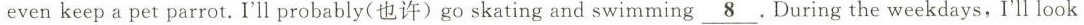
even keep a pet parrot.I'll probably(也许)go skating and swimming\underline{ 8}. During the weekdays,I'll look